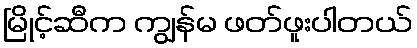
မြိုင့်ဆီက ကျွန်မ ဖတ်ဖူးပါတယ်